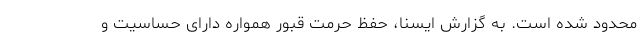
محدود شده است. به گزارش ایسنا، حفظ حرمت قبور همواره دارای حساسیت و